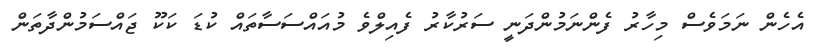
އެހެން ނަމަވެސް މިހާރު ފެންނަމުންދަނީ ސަރުކާރު ފެއިލްވެ މުއައްސަސާތައް ކުޑަ ކަކޫ ޖައްސަމުންދާތަން